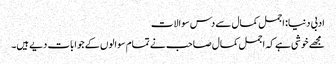
ادبی دنیا: اجمل کمال سے دس سوالات
مجھے خوشی ہے کہ اجمل کمال صاحب نے تمام سوالوں کے جوابات دیے ہیں۔